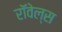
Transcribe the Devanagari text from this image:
रॉवेल्स